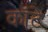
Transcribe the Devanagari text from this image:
कॉटे